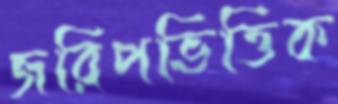
জরিপভিত্তিক